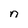
Character: n